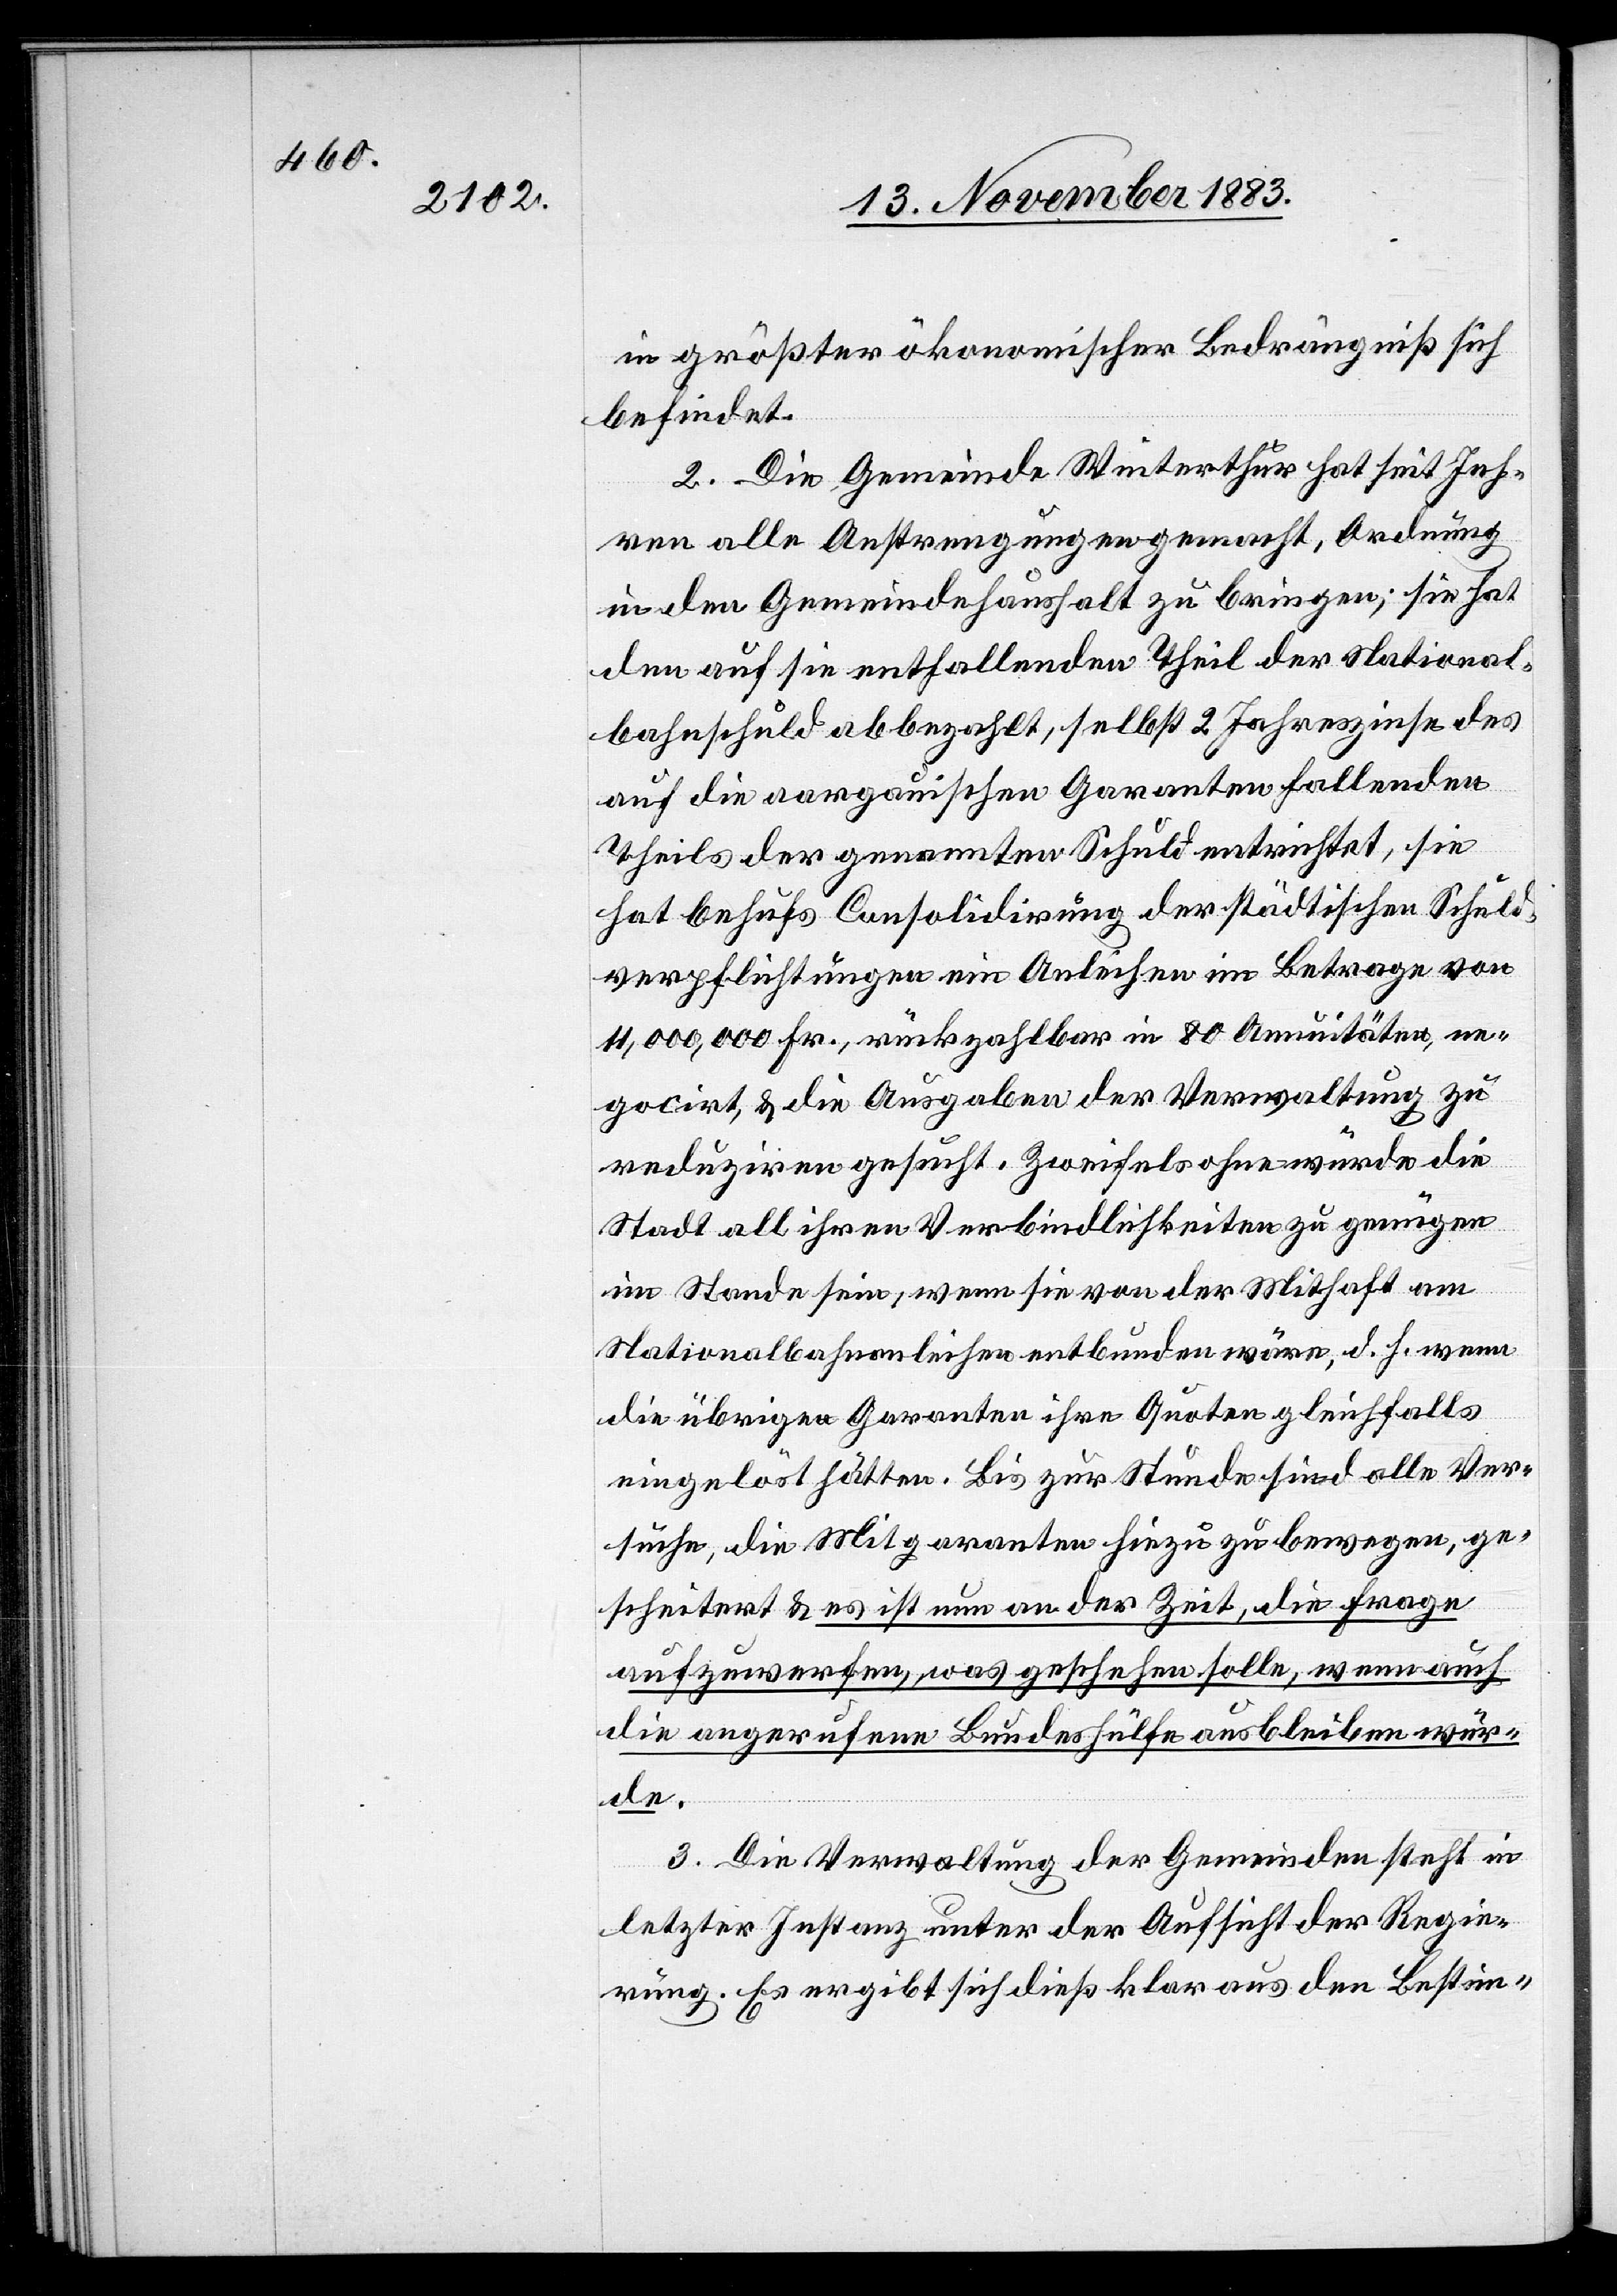
in größter ökonomischer Bedrängniß sich
befindet.
2. Die Gemeinde Winterthur hat seit Jah¬
ren alle Anstrengungen gemacht, Ordnung
in den Gemeindehaushalt zu bringen; sie hat
den auf sie entfallenden Theil der National¬
bahnschuld abbezahlt, selbst 2 Jahreszinse des
auf die aargauischen Garanten fallenden
Theils der genannten Schuld entrichtet, sie
hat behufs Consolidirung der städtischen Schuld¬
verpflichtungen ein Anleihen im Betrage von
11,000,000 Fr., rückzahlbar in 80 Annuitäten, ne¬
gocirt, & die Ausgaben der Verwaltung zu
reduziren gesucht. Zweifelsohne würde die
Stadt all ihren Verbindlichkeiten zu genügen
im Stande sein, wenn sie von der Mithaft am
Nationalbahnanleihen entbunden wäre, d. h. wenn
die übrigen Garanten ihre Quoten gleichfalls
eingelöst hätten. Bis zur Stunde sind alle Ver¬
suche, die Mitgaranten hiezu zu bewegen, ge¬
scheitert & es ist nun an der Zeit, die Frage
aufzuwerfen, was geschehen solle, wenn auch
die angerufene Bundeshülfe ausbleiben wür¬
de.
3. Die Verwaltung der Gemeinden steht in
letzter Instanz unter der Aufsicht der Regie¬
rung. Es ergibt sich dieß klar aus den Bestim-